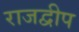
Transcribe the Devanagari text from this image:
राजद्वीप